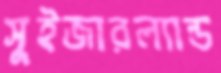
সুইজারল্যান্ড